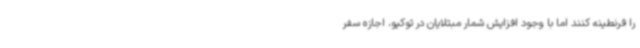
را قرنطینه کنند اما با وجود افزایش شمار مبتلایان در توکیو، اجازه سفر